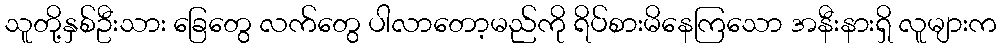
သူတို့နှစ်ဦးသား ခြေတွေ လက်တွေ ပါလာတော့မည်ကို ရိပ်စားမိနေကြသော အနီးနားရှိ လူများက